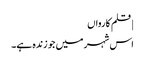
| قلم کارواں
اس شہر میں جو زندہ ہے۔